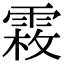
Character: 𩃝